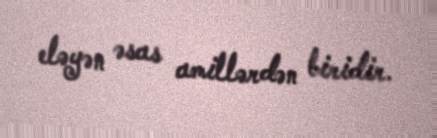
eləyən əsas amillərdən biridir.